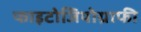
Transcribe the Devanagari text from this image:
फाइटोजियोग्राफी